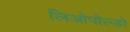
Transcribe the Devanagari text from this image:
लिओपोल्डो